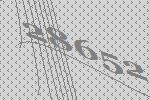
28652